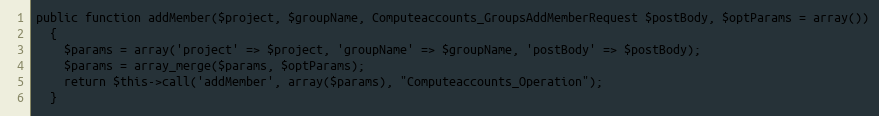
Language: PHP
public function addMember($project, $groupName, Computeaccounts_GroupsAddMemberRequest $postBody, $optParams = array())
  {
    $params = array('project' => $project, 'groupName' => $groupName, 'postBody' => $postBody);
    $params = array_merge($params, $optParams);
    return $this->call('addMember', array($params), "Computeaccounts_Operation");
  }